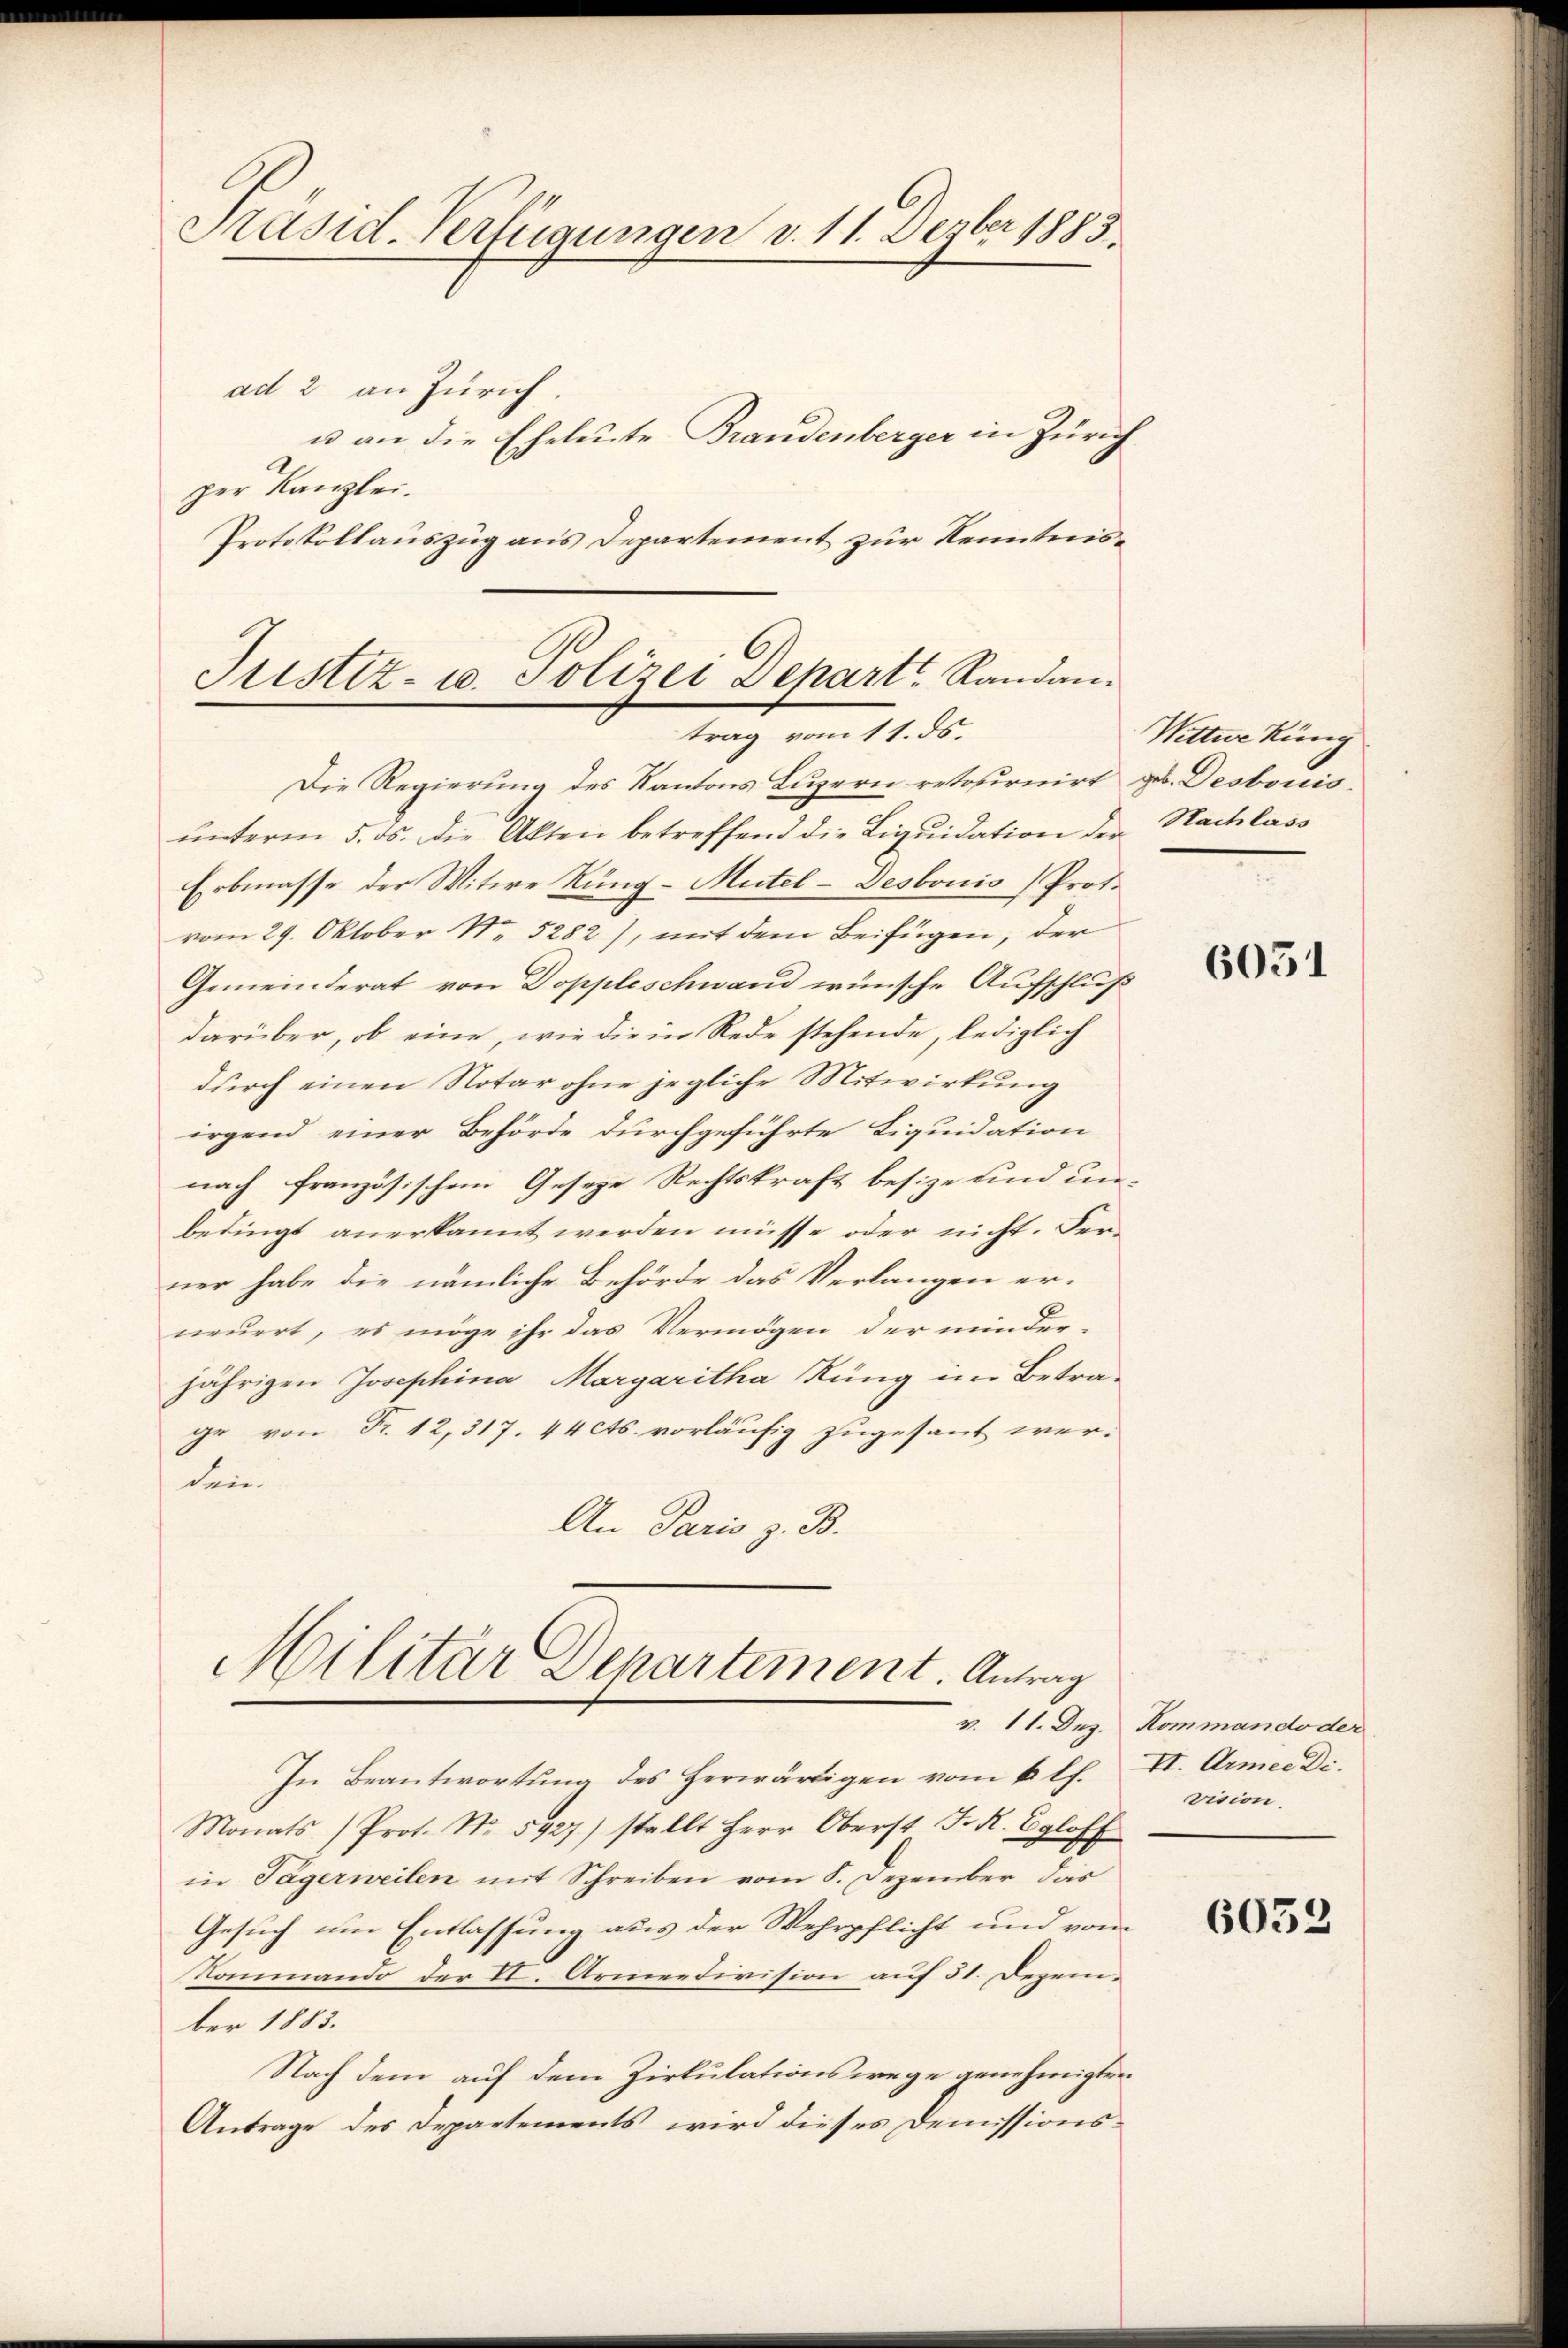
s
Präsid. Verfügungen v. 11. Dezber 1883.
ad 2 an Zürich.
u an die Eheleute Brandenberger in Zürich
per Kanzlei.

Justiz- u. Polizei Depart Randan
trag vom 11. ds.

Protokollauszug aus Departement zur Kenntnis¬
Die Regierung des Kantons Luzern retournirt zu. Desbouis-
ŭnterm 5. ds. die Akten betreffend die Liqŭidation der Nachlass
Erbmasse der Witwe Rung-Mütel-Desbonis Prof.
vom 29. Oktober Nr. 5282), mit dem Beifügen, der
Gemeinderat von Doppleschwand wünsche Aufschluß
darüber, ob eine, wie die in Rede stehende, lediglich
durch einen Notar ohne jegliche Mitwirkung
irgend einer Behörde durchgeführte Liquidation
nach französischem Geseze Rechtskraft besize und un-
bedingt anerkannt werden müsse oder nicht. Ferner habe die nämliche Behörde das Verlangen er-
neuert, es möge ihr das Vermögen der minder-
jährigen Josephina Margaritha Rung im Betrage von Fr. 12,317. 44 cts. vorläufig zugesant werden.
An Paris z. B.

Militär Departement. Antrag

In Beantwortung des Herwärtigen vom 6 l.
Monats Prot. No. 5927) stellt Herr Oberst J. R. Egloff
in Tägerweilen mit Schreiben vom 8. Dezember das
Gesuch um Entlassung aus der Wehrpflicht und vom
Nommando der II. Armeedivision auf 31. Dezember 1883.
Nach dem auf dem Zirkulationswege genehmigten
Antrage des Departements wird dieses Demissions¬

Wittwe kung

6051

v. 11. Dez. Kommando der
II. Armee Di
vision.

6052